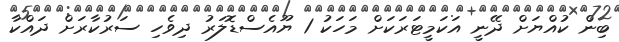
ބިން ކުއްޔަށް ދޭނީ އަކަމީޓަރަކަށް މަހަކު 1 ޔޫއެސްޑޮލަރު ދިވެހި ސަރުކާރަށް ދައްކާ